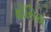
થીસિસ